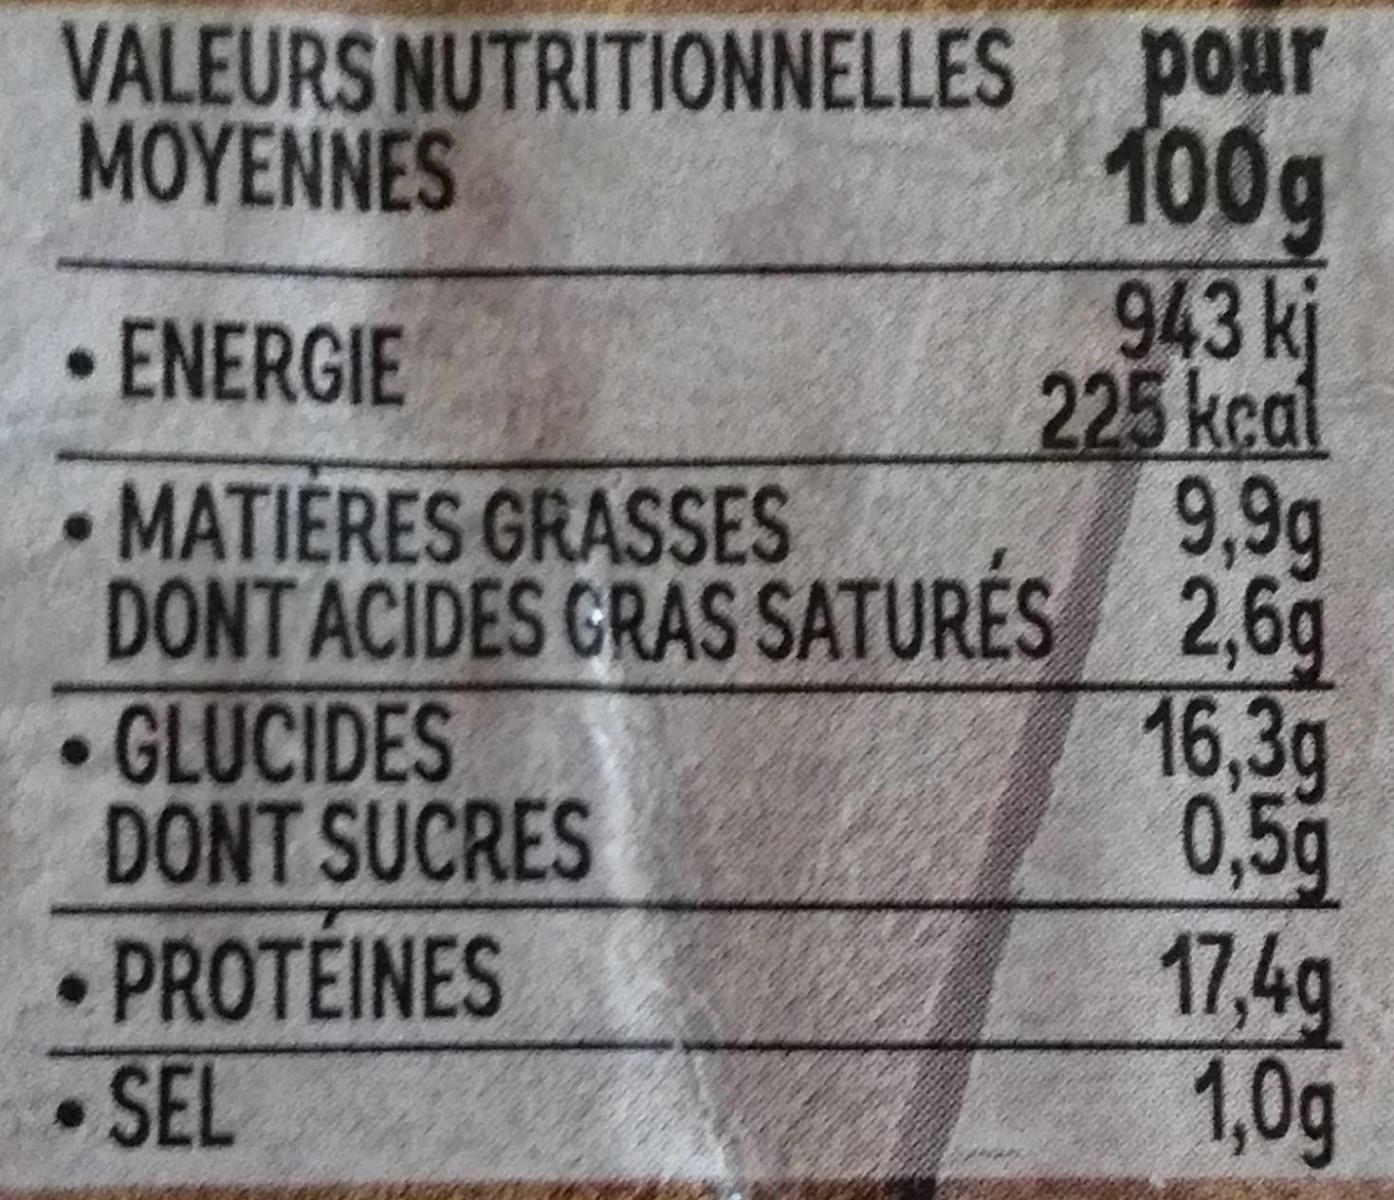
VALEURS NUTRITIONNELLES pour 100g 943kj 225 kcal 9,9g DONTACIDES GRAS SATURÉS 2,69 16,3g 0,5g 17,4g 1,0g
ΜΟΥΕΝNES
ENERGIE
MATIERES GRASSES
•GLUCIDES DONT SUCRES
PROTEINES SEL